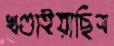
খণ্ডাইয়াছিস